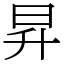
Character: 昇